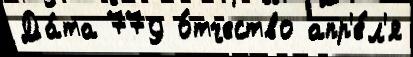
Да́та 779 о́тчество апр'е́л'я